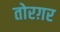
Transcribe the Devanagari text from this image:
तोरग़र